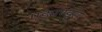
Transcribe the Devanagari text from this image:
एड्मण्ड्स